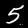
Digit: 5